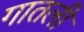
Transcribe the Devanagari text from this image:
गातली